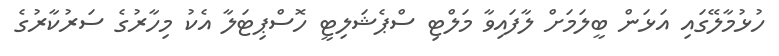
ހުޅުމާލޭގައި އަޅަން ބީލަމަށް ލާފައިވާ މަލްޓި ސްޕެޝަލިޓީ ހޮސްޕިޓަލާ އެކު މިހާރުގެ ސަރުކާރުގެ